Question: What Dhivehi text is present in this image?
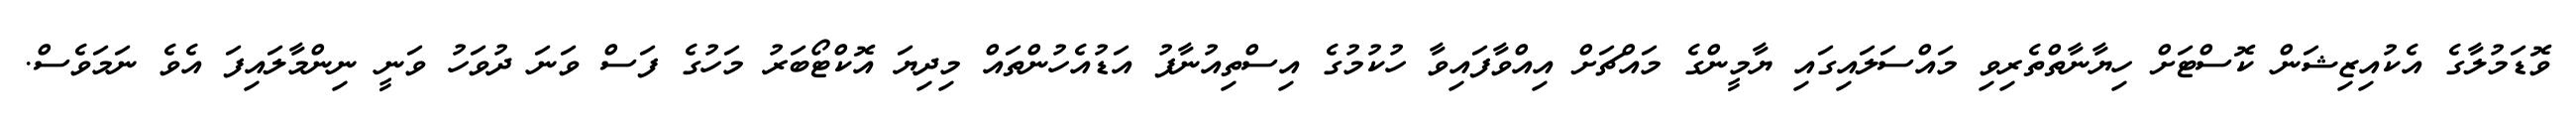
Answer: ވޮޑަމުލާގެ އެކުއިޒިޝަން ކޮސްޓަށް ހިޔާނާތްތެރިވި މައްސަލައިގައި ޔާމީންގެ މައްޗަށް އިއްވާފައިވާ ހުކުމުގެ އިސްތިއުނާފު އަޑުއެހުންތައް މިދިޔަ އޮކްޓޯބަރު މަހުގެ ފަސް ވަނަ ދުވަހު ވަނީ ނިންމާލައިފަ އެވެ ނަމަވެސް.